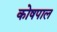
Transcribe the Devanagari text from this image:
कोषपाल